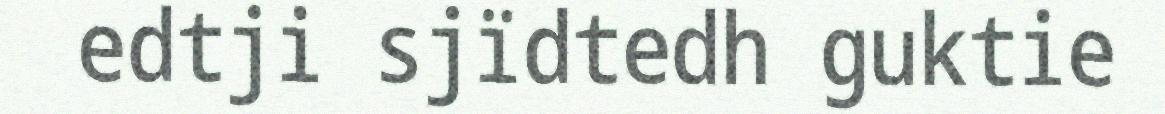
edtji sjïdtedh guktie